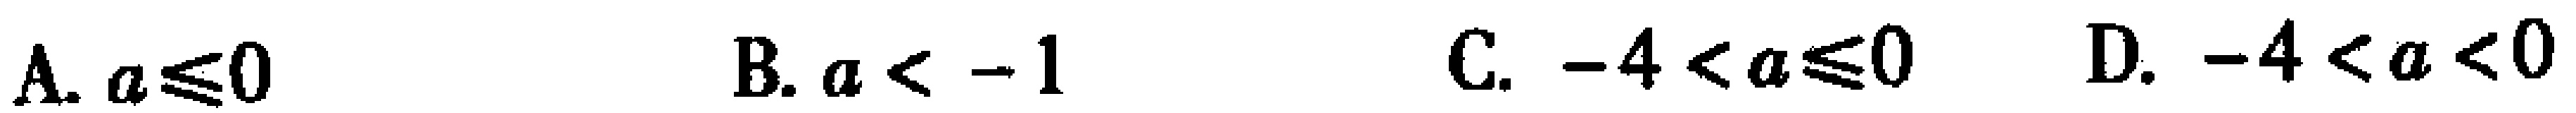
A. \(a\leqslant0\)  B. \(a < - 1\)  C. \(-4 < a\leqslant0\)  D. \(-4 < a < 0\)